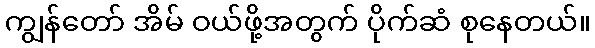
ကျွန်တော် အိမ် ဝယ်ဖို့အတွက် ပိုက်ဆံ စုနေတယ်။